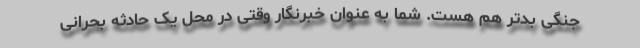
جنگی بدتر هم هست. شما به عنوان خبرنگار وقتی در محل یک حادثه بحرانی